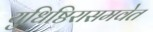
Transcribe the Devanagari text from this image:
युधिष्ठिरासमवेत